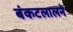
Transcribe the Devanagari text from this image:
बंकटलालने